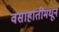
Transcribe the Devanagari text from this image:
वसाहातींमधून